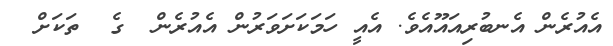
އެއުރެން އެނބުރިއައޫއެވެ. އެއީ ހަމަކަށަވަރުން އެއުރެން  ގެ  ތަކަށް